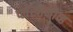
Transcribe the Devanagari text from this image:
प्लेखानोव्ह